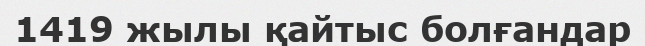
1419 жылы қайтыс болғандар